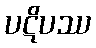
ပဋိပဿ